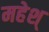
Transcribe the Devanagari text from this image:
महेश्